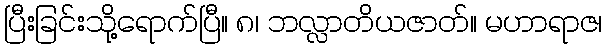
ပြီးခြင်းသို့ရောက်ပြီ။ ၈၊ ဘလ္လာတိယဇာတ်။ မဟာရာဇ၊